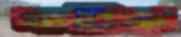
ফটিক